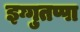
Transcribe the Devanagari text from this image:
इग्गुतप्पा